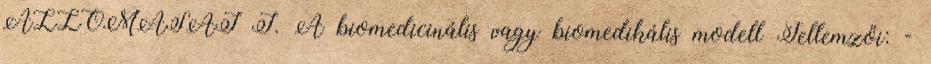
ÁLLOMÁSAI I. A biomedicinális vagy biomedikális modell Jellemzői: -